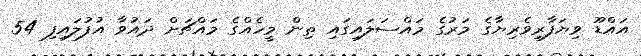
އައްޑޫ ވިޔަފާރިވެރިޔާގެ މަރުގެ މައްސަލައިގައި ތިން މީހެއްގެ މައްޗަށް ދައުވާ އުފުލައިފި 54